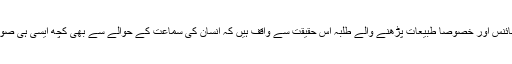
میٹرک تک سائنس اور خصوصاً طبیعات پڑھنے والے طلبہ اس حقیقت سے واقف ہیں کہ انسان کی سماعت کے حوالے سے بھی کچھ ایسی ہی صورت حال ہے۔